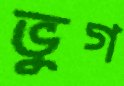
ভুগ